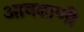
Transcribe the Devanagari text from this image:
आवढाणी